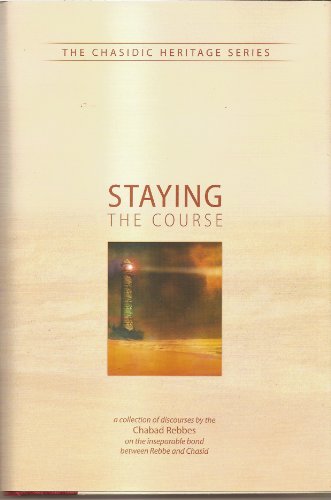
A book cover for Staying the Course (Chasidic Heritage Series); Rabbi Shmuel Simpson; Religion & Spirituality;